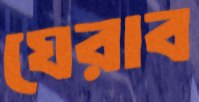
ঘেরাব